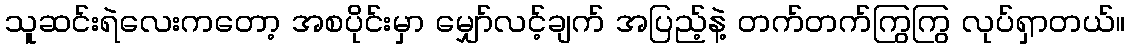
သူဆင်းရဲလေးကတော့ အစပိုင်းမှာ မျှော်လင့်ချက် အပြည့်နဲ့ တက်တက်ကြွကြွ လုပ်ရှာတယ်။